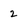
Character: 2